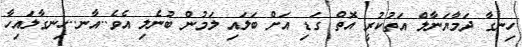
ހިނގާ ދަމާޔަނާލް އަތުކުރީ އޮތް ގަޑި އަށް ބަލައި ލަމުން ބުނެލި އެވެ..އާނ..ހިނގާލައިހާ